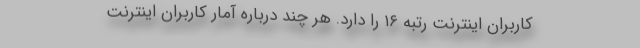
كاربران اينترنت رتبه ۱۶ را دارد. هر چند درباره آمار كاربران اينترنت